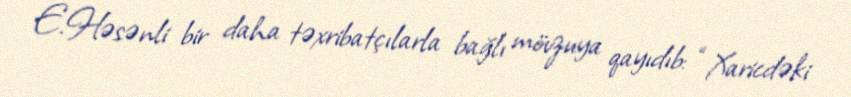
E.Həsənli bir daha təxribatçılarla bağlı mövzuya qayıdıb: “Xaricdəki